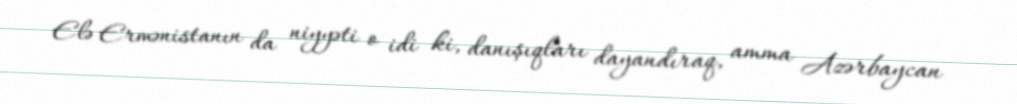
Elə Ermənistanın da niyyəti o idi ki, danışıqları dayandıraq, amma Azərbaycan